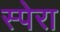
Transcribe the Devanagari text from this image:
स्पेरा